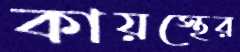
কায়স্থের